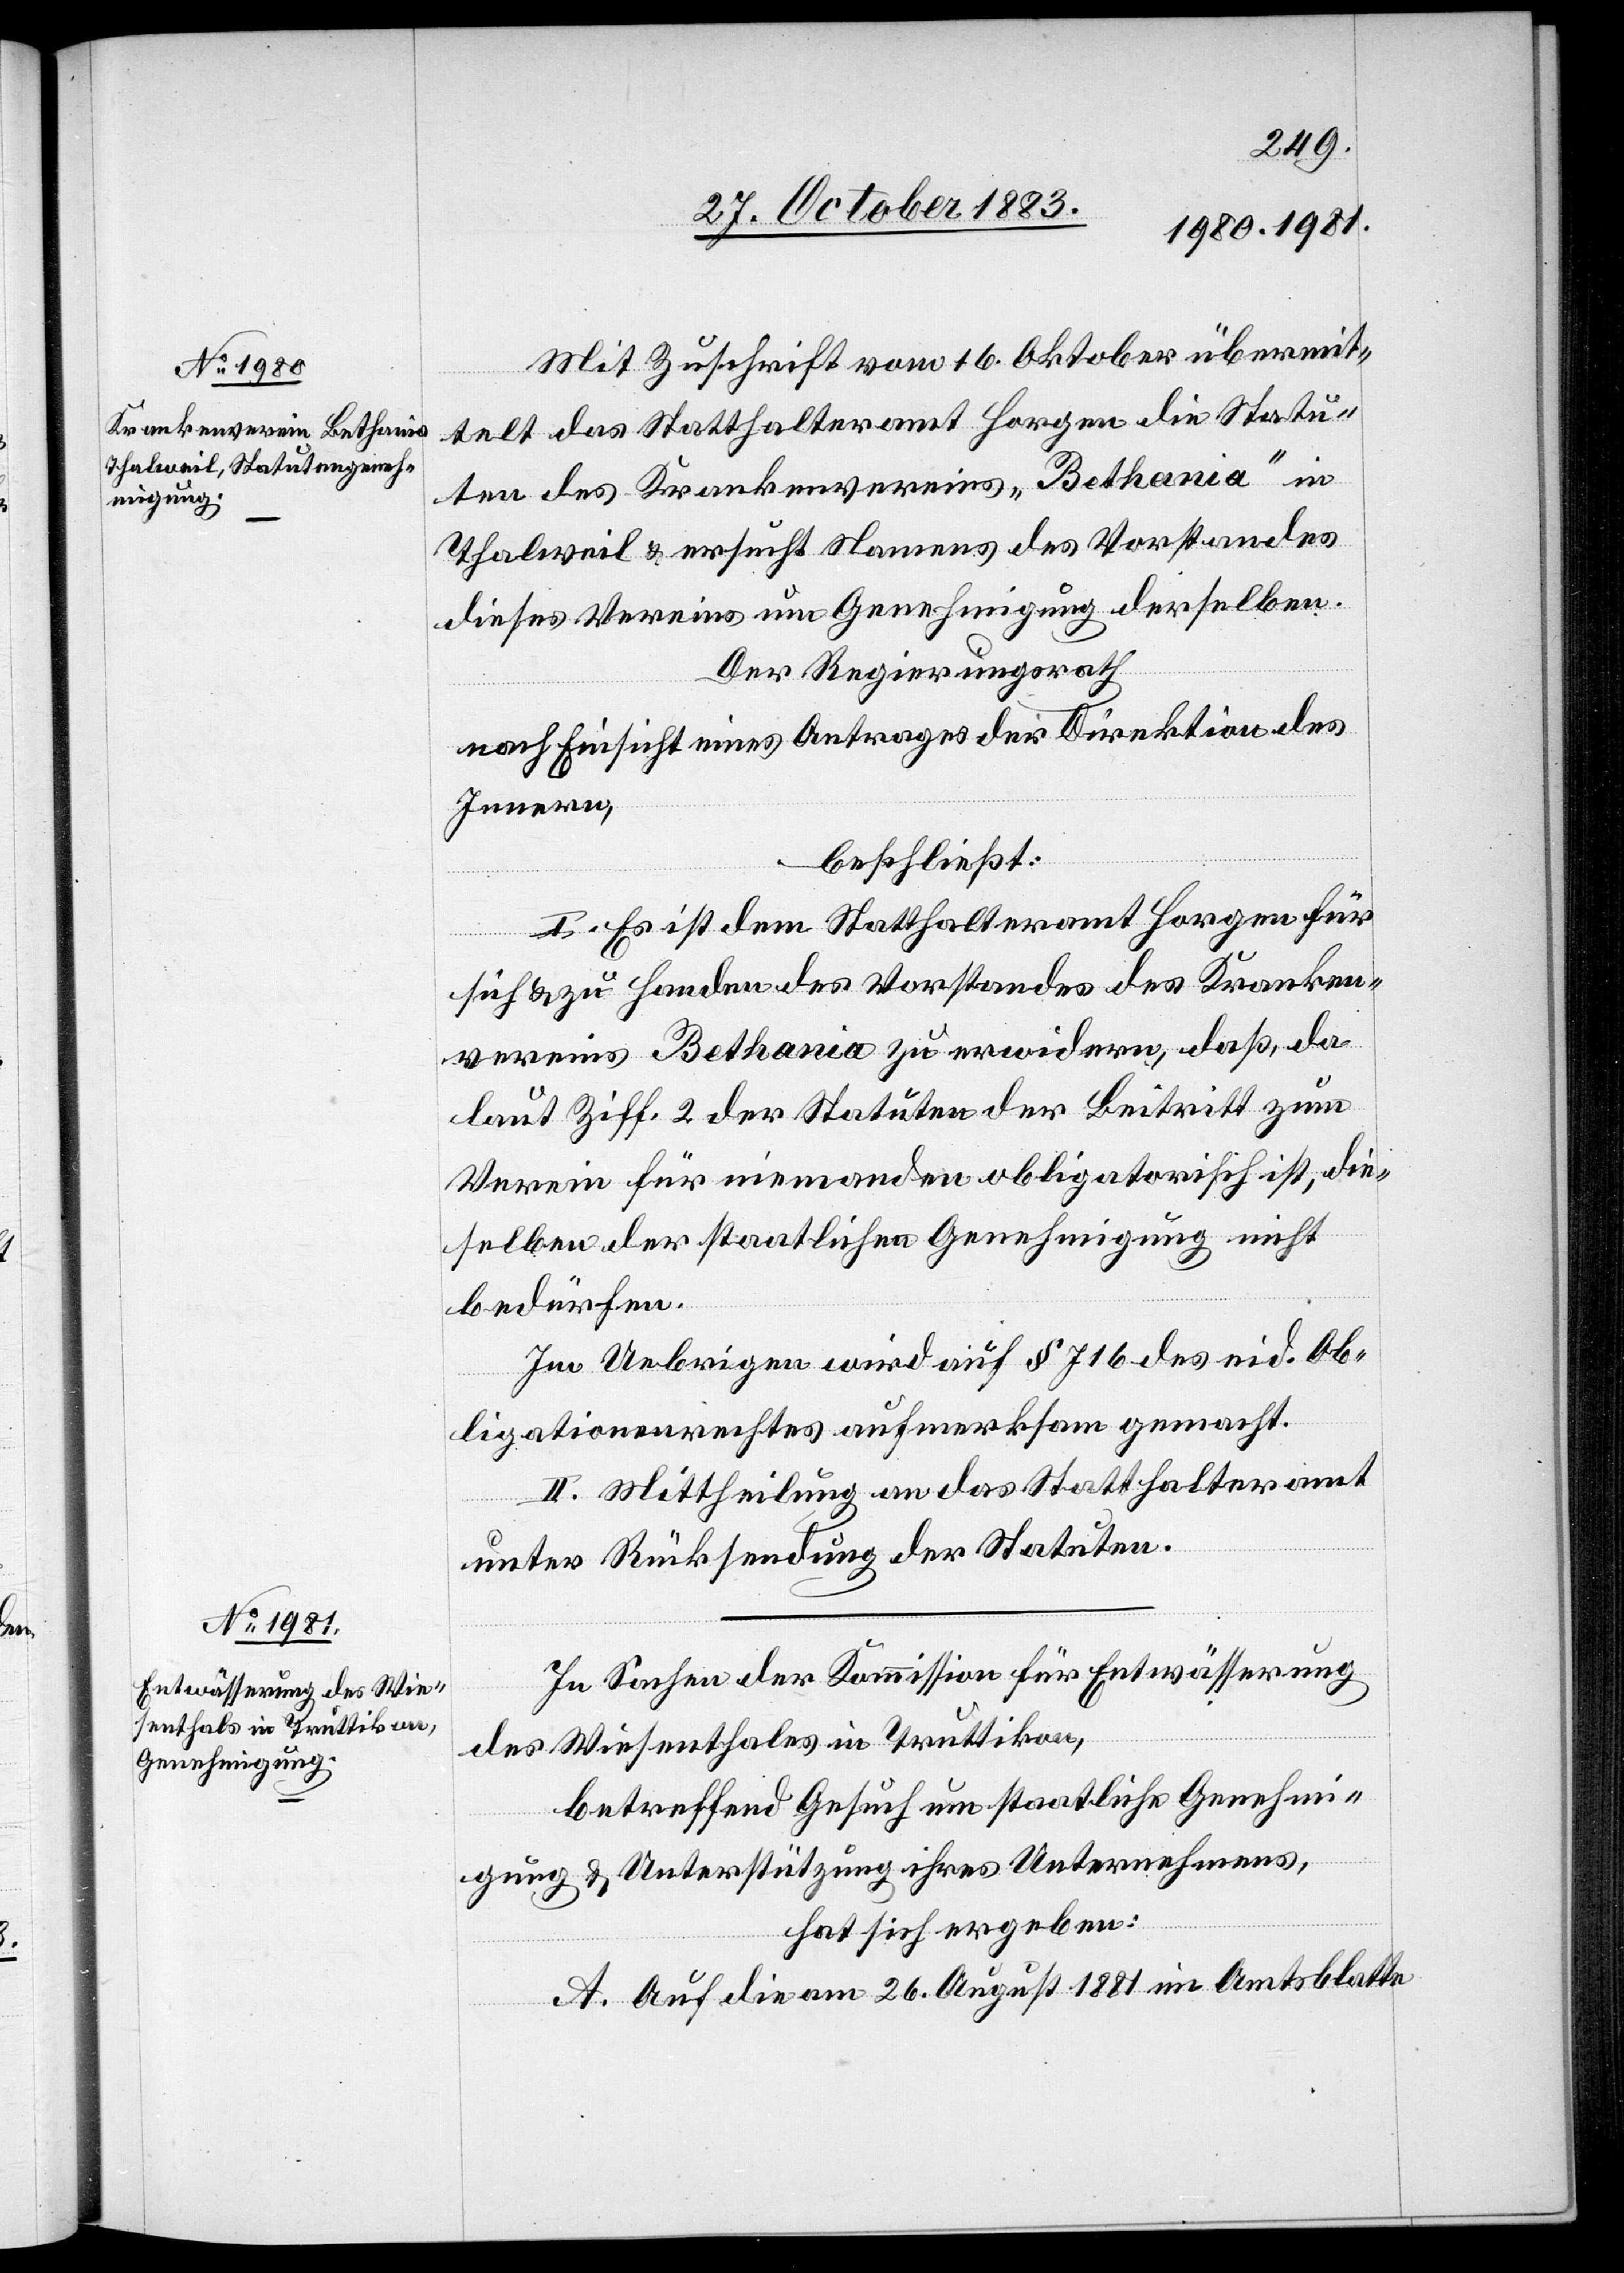
Mit Zuschrift vom 16. Oktober übermit¬
telt das Statthalteramt Horgen die Stau¬
ten des Krankenvereins „Bethania“ in
Thalweil & ersucht Namens des Vorstandes
dieses Vereins um Genehmigung derselben.
Der Regierungsrath,
nach Einsicht eines Antrages der Direktion des
Innern,
beschließt:
I. Es ist dem Statthalteramt Horgen für
sich & zu Handen des Vorstandes des Kranken¬
vereins Bethania zu erwidern, daß, da
laut Ziff. 2 der Statuten der Beitritt zum
Verein für niemanden obligatorisch ist, die¬
selben der staatlichen Genehmigung nicht
bedürfen.
Im Uebrigen wird auf § 716 des eid. Ob¬
ligationenrechtes aufmerksam gemacht.
II. Mittheilung an das Statthalteramt
unter Rücksendung der Statuten.
In Sachen der Kommission für Entwässerung
des Wiesenthales in Truttikon,
betreffend Gesuch um staatliche Genehmi¬
gung & Unterstützung ihres Unternehmens,
hat sich ergeben:
A. Auf die am 26. August 1881 im Amtsblatte